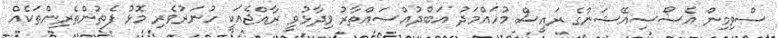
ސްވިމިން އެސޯސިއޭޝަންގެ ރައީސް މުހައްމަދު އަބްދުއްސައްތާރު ވިދާޅުވީ ރާއްޖެއަކީ ހުނަރުވެރި މޮޅު ފެތުންތެރިންތަކެއް